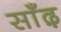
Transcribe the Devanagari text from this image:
साँढ़़